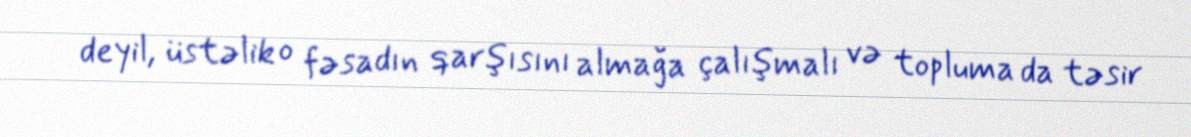
deyil, üstəlik o fəsadın qarşısını almağa çalışmalı və topluma da təsir